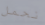
نحمل